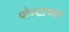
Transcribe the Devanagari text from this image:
पोस्टाच्या